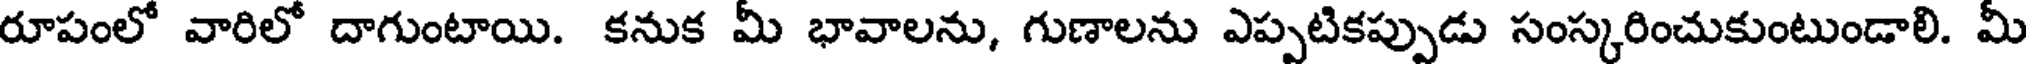
రూపంలో వారిలో దాగుంటాయి. కనుక మీ భావాలను, గుణాలను ఎప్పటికప్పుడు సంస్కరించుకుంటుండాలి. మీ